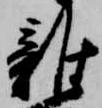
雑